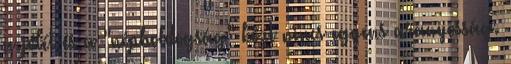
a jólét és a "népboldogság" közt nincs egyens arányosság.